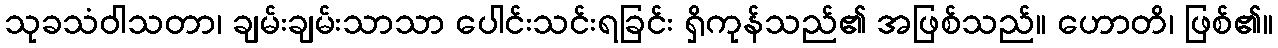
သုခသံဝါသတာ၊ ချမ်းချမ်းသာသာ ပေါင်းသင်းရခြင်း ရှိကုန်သည်၏ အဖြစ်သည်။ ဟောတိ၊ ဖြစ်၏။